Juri_Uluots, lk 22
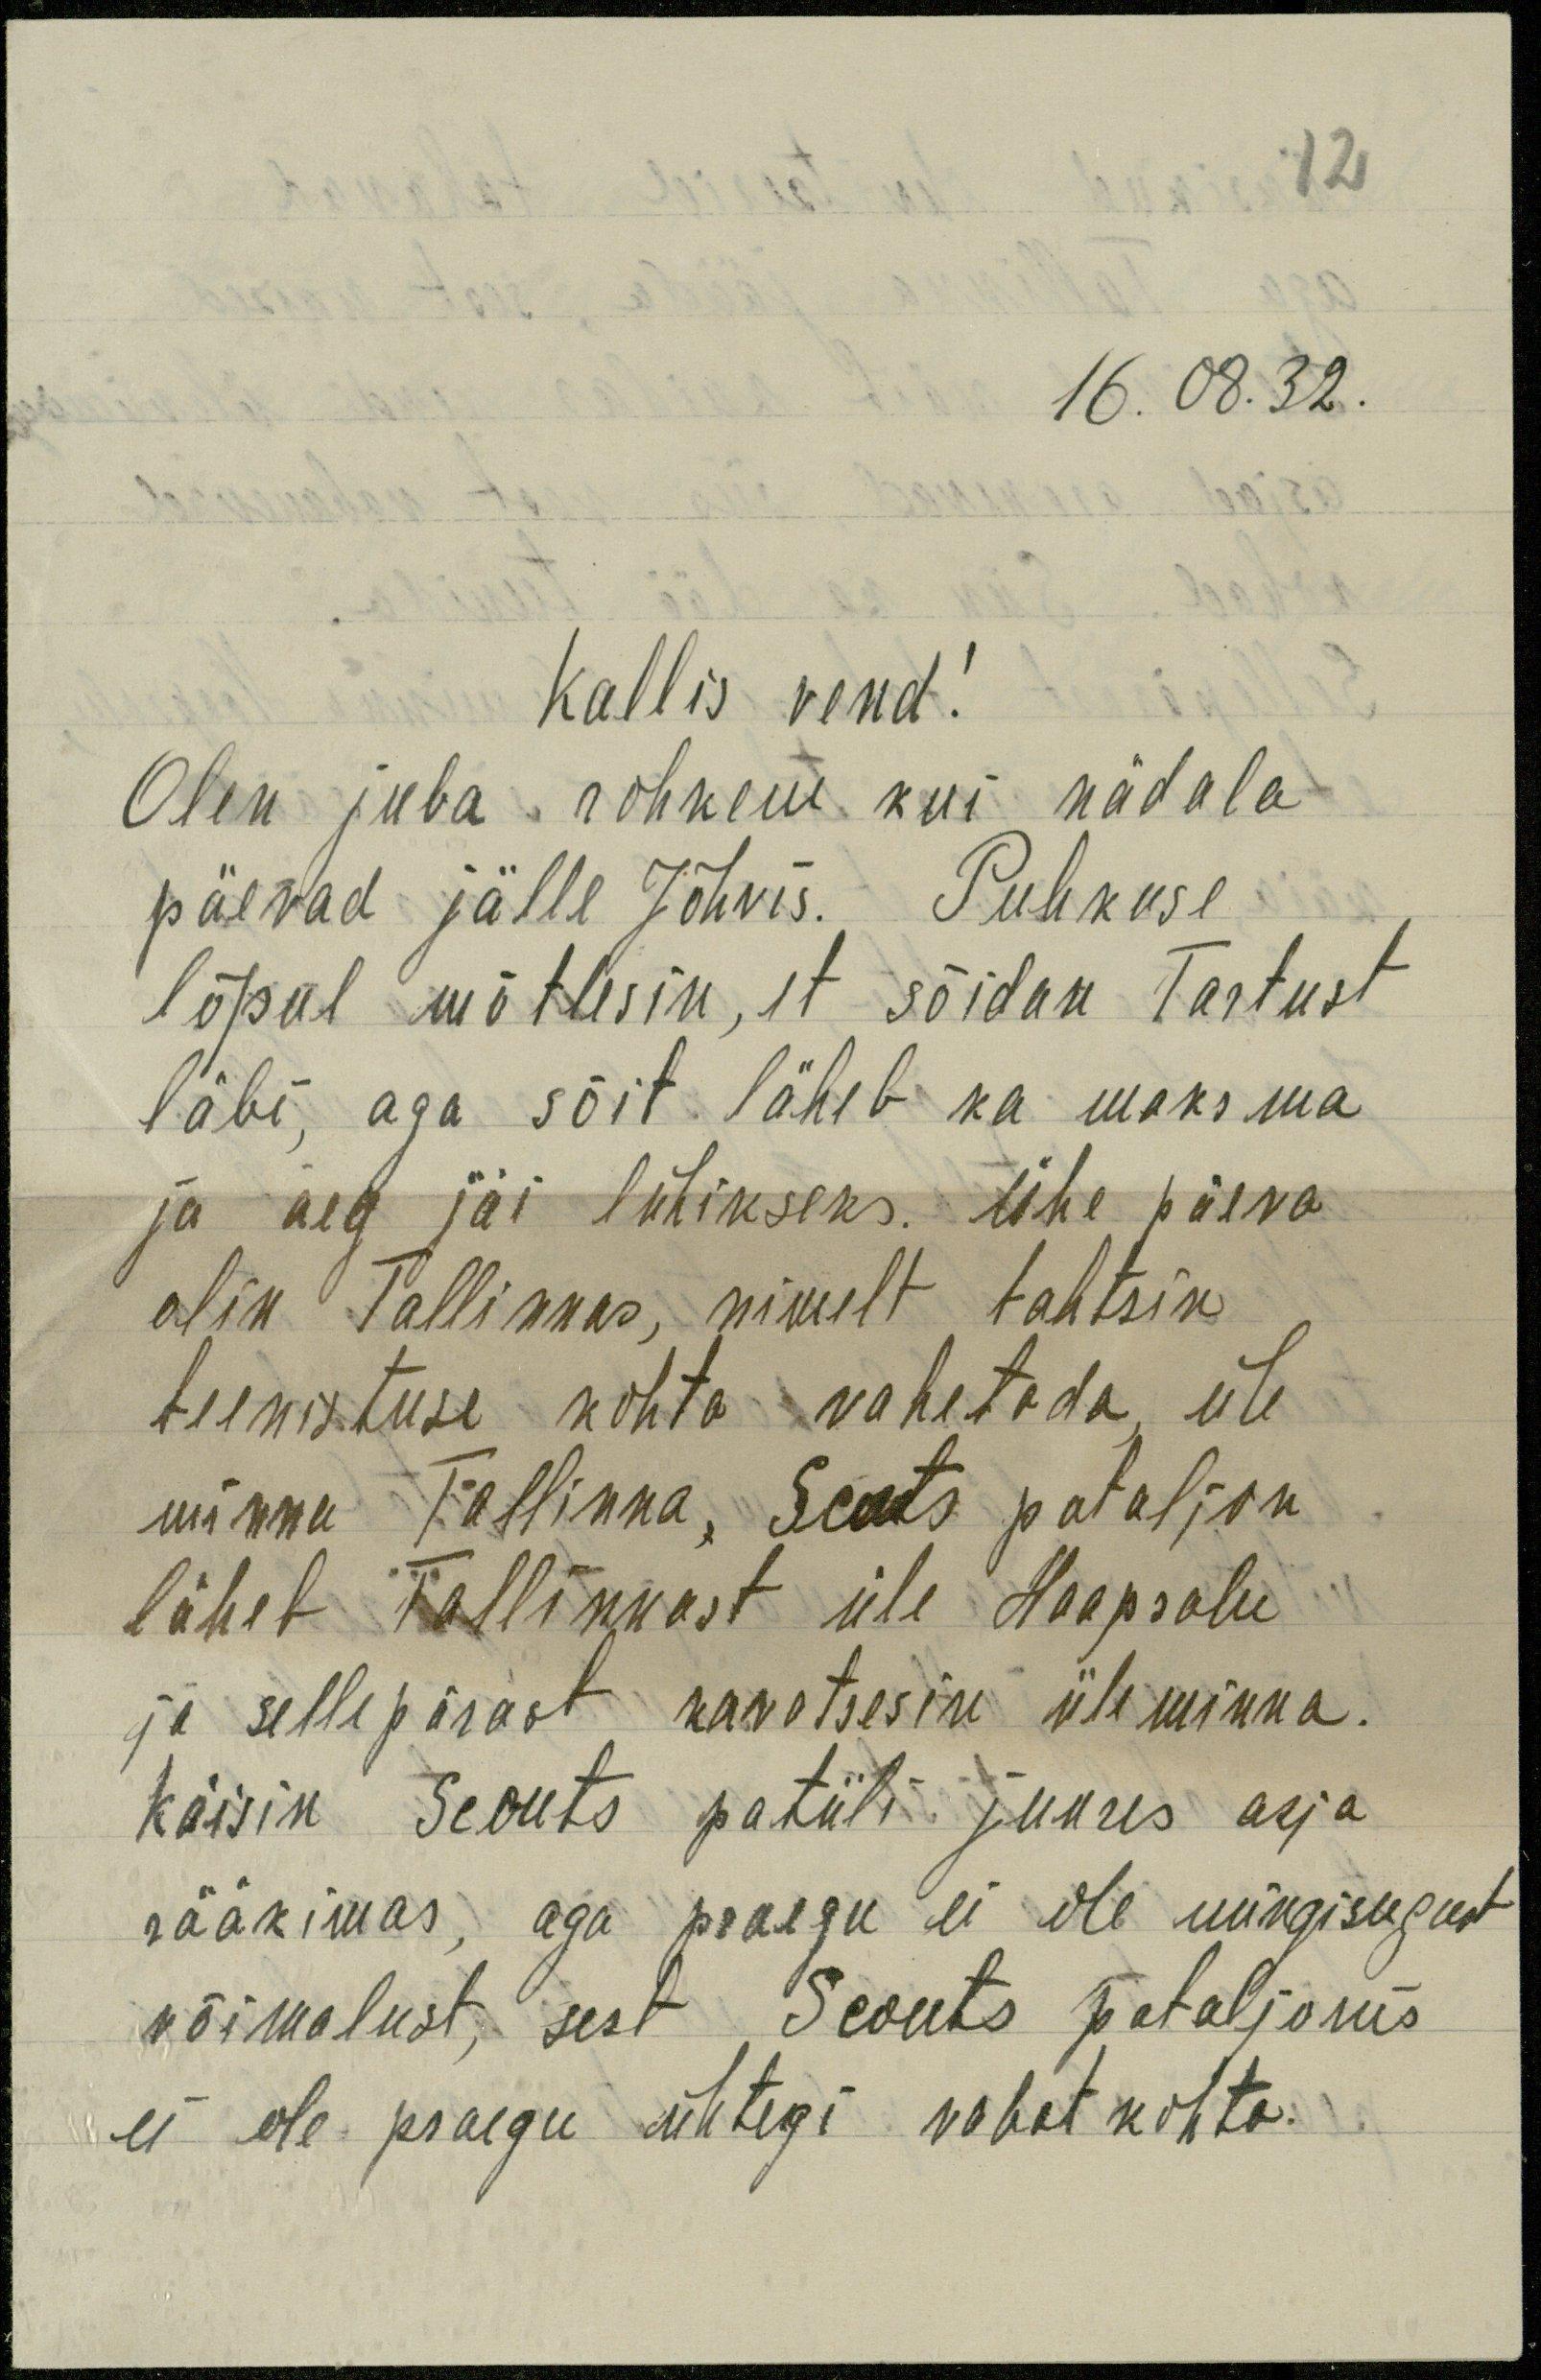
16.08.32.
Kallis vend!
Olen juba rohkem kui nädala
päevad jälle Jõhvis. Puhkuse
lõpul mõtlesin, et sõidan Tartust
läbi, aga sõit läheb ka maksma
ja aeg jäi lühikseks. Ühe päeva
olin Tallinnas, nimelt tahtsin
teenistuse kohta vahetada, üle
minna Tallinna. Scouts pataljon
läheb Tallinnast üle Haapsalu
ja sellepärast kavatsesin üle minna.
Käisin Scouts patüli juures asja
rääkimas, aga praegu ei ole mingisugust
võimalust, sest Scouts pataljonis
ei ole praegu ühtegi vabat kohta.